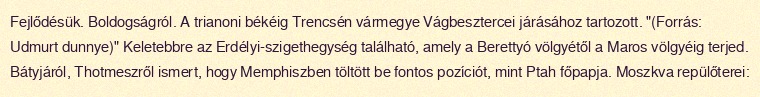
Fejlődésük. Boldogságról. A trianoni békéig Trencsén vármegye Vágbesztercei járásához tartozott. "(Forrás: Udmurt dunnye)" Keletebbre az Erdélyi-szigethegység található, amely a Berettyó völgyétől a Maros völgyéig terjed. Bátyjáról, Thotmeszről ismert, hogy Memphiszben töltött be fontos pozíciót, mint Ptah főpapja. Moszkva repülőterei: